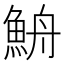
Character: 𩶣